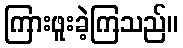
ကြားဖူးခဲ့ကြသည်။